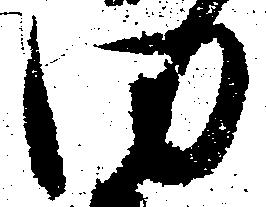
同